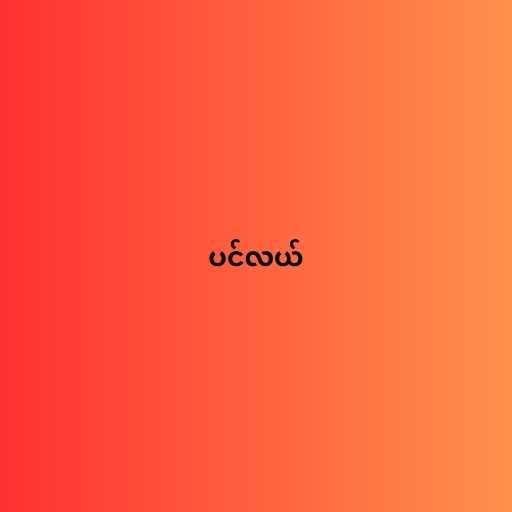
ပင်လယ်